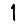
Digit: 1